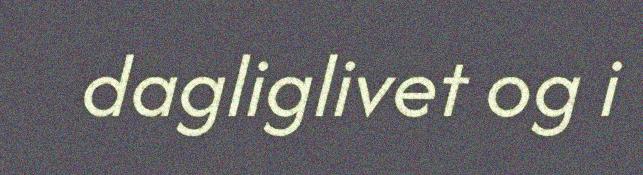
dagliglivet og i